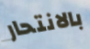
بالانتحار